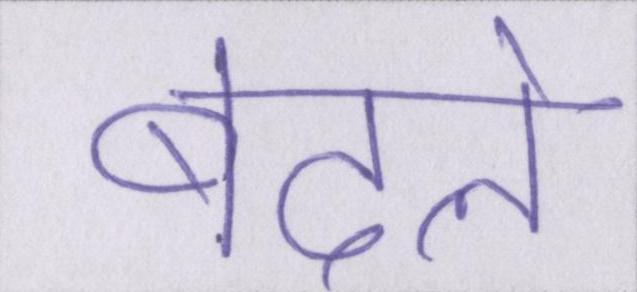
बदले